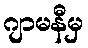
ဂျာမနီမှ